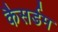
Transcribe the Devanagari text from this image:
कैसर्डम